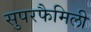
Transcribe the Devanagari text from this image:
सुपरफैमिली